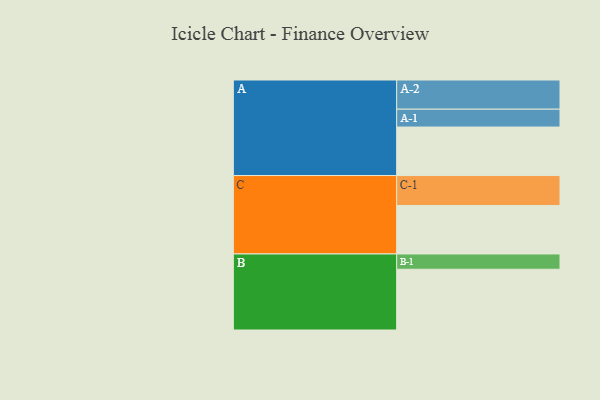
{"axis": {"x": "Segment", "y": "Value"}, "legend": ["", "A", "B", "C"], "data": [{"x": "A", "y": 467, "type": ""}, {"x": "B", "y": 585, "type": ""}, {"x": "C", "y": 467, "type": ""}, {"x": "A-1", "y": 172, "type": "A"}, {"x": "A-2", "y": 281, "type": "A"}, {"x": "B-1", "y": 147, "type": "B"}, {"x": "C-1", "y": 288, "type": "C"}]}